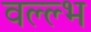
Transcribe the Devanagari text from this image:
वल्ल्भ